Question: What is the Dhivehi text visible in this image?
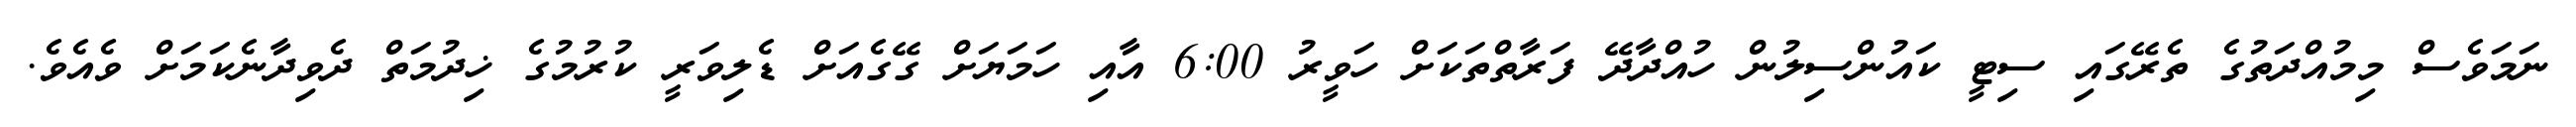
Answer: ނަމަވެސް މިމުއްދަތުގެ ތެރޭގައި ސިޓީ ކައުންސިލުން ހުއްދާދޭ ފަރާތްތަކަށް ހަވީރު 6:00 އާއި ހަމަޔަށް ގޭގެއަށް ޑެލިވަރީ ކުރުމުގެ ޚިދުމަތް ދެވިދާނެކަމަށް ވެއެވެ.